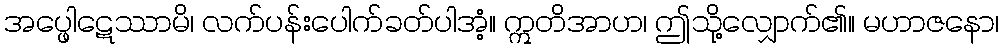
အပ္ဖေါဋေဿာမိ၊ လက်ပန်းပေါက်ခတ်ပါအံ့။ ဣတိအာဟ၊ ဤသို့လျှောက်၏။ မဟာဇနော၊